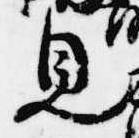
見